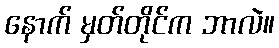
နောက် မှတ်တိုင်က ဘာလဲ။